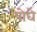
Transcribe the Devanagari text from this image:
पोघे